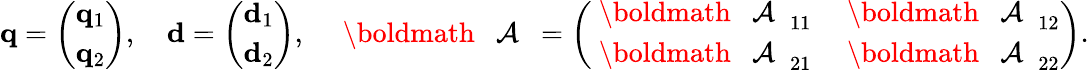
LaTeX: \begin{array}{r}{{\mathbf q}=\left(\begin{array}{l}{{\mathbf q}_{1}}\\ {{\mathbf q}_{2}}\end{array}\right),\quad{\mathbf d}=\left(\begin{array}{l}{{\mathbf d}_{1}}\\ {{\mathbf d}_{2}}\end{array}\right),\quad\mathrm{~\boldmath~{~\cal~A~}~}=\left(\begin{array}{ll}{\mathrm{~\boldmath~{~\cal~A~}~}_{11}}&{\mathrm{~\boldmath~{~\cal~A~}~}_{12}}\\ {\mathrm{~\boldmath~{~\cal~A~}~}_{21}}&{\mathrm{~\boldmath~{~\cal~A~}~}_{22}}\end{array}\right).}\end{array}